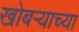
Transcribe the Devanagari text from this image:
खोबऱ्याच्या